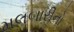
મલબારીનો